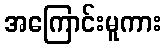
အကြောင်းမူကား